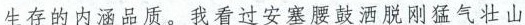
生存的内涵品质。我看过安塞腰鼓洒脱脱刚猛气壮山